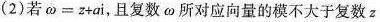
(2)若$$\omega = z + a i$$，且复数\omega 所对应向量的模不大于复数z